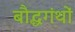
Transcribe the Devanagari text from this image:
बौद्धगंथों